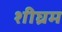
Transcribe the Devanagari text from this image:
शीघ्रम